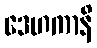
ဒေဟကာနိ